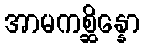
အာမကစ္ဆိန္နော